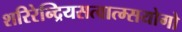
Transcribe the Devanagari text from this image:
शरिरेन्द्रियसत्वात्म्सयोगो